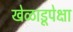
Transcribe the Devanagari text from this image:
खेळाडूपेक्षा